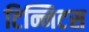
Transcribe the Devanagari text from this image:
टिन्निटस